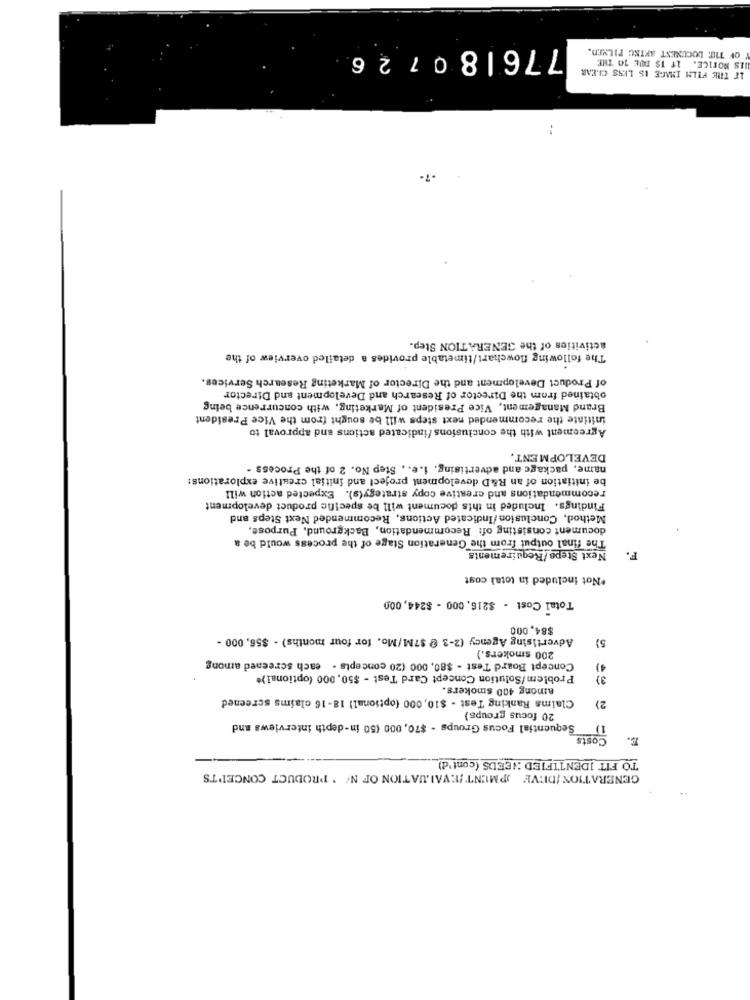
Y OF THE DOCUMENT AKING PILNED.
776180726
HIS NOTICE. IT IS DUE 10 THE
IF THE FILM IMAGE IS LESS CLEAR
..
.7-
activities of the GENERATION Step.
The following flowchart/timetable provides a detailed overview of the
of Product Development and the Director of Marketing Research Services.
obtained from the Director of Research and Development and Director
Brand Management, Vice President of Marketing, with concurrence being
initiate the recommended next steps will be sought from the Vice President
Agreement with the conclusions /indicated actions and approval to
DEVELOPMENT.
name, package and advertising, i.e ., Step No. 2 of the Process -
be initiation of an R&D development project and initial creative explorations:
recommendations and creative copy strategy(s). Expected action will
Findings. Included in this document will be specific product development
Method, Conclusion/Indicated Actions, Recommended Next Steps and
document consisting of: Recommendation, Background, Purpose,
The final output from the Generation Stage of the process would be a
Next Steps/Requirements
F.
*Not included in total cost
Total Cost - $216. 000 - $244, 000
$84,000
Advertising Agency (2-3 @ $7M/Mo. for four months) - $56, 000 -
5)
200 smokers.)
Concept Board Test - $80, 000 (20 concepts . each screened among
4)
Problem/Solution Concept Card Test - $50, 000 (optional)*
among 400 smokers.
Claims Ranking Test - $10, 000 (optional) 18-16 claims screened
2)
20 focus groups)
Sequential Focus Groups - $70, 000 (50 in-depth interviews and
Costs
TO FIT IDENTIFIED NEEDS (cont'd)
GENERATION /DEVE PMUNT /EVALUATION OF N' ' PRODUCT CONCEI'TS